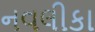
નવલીકા